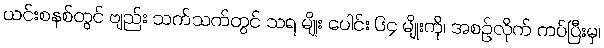
ယင်းစနစ်တွင် ဗျည်း သက်သက်တွင် သရ မျိုး ပေါင်း ၆၄ မျိုးကို၊ အစဉ်လိုက် ကပ်ပြီးမှ၊